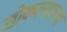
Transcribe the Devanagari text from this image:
खोकल्याच्या